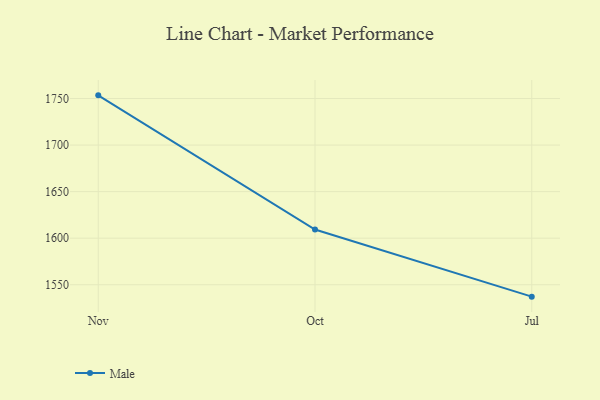
{"axis": {"x": "Month", "y": "Demand Index"}, "legend": ["Male"], "data": [{"x": "Nov", "y": 1753.4, "type": "Male"}, {"x": "Oct", "y": 1609.3, "type": "Male"}, {"x": "Jul", "y": 1537.2, "type": "Male"}]}